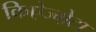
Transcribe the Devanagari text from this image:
किऐज्म़ेटा